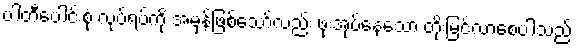
ပါတီပေါင်းစုံ လုပ်ရပ်ကို အမှန်ဖြစ်သော်လည်း ဖုံးအုပ်နေသော တိုးမြင့်လာစေပါသည်